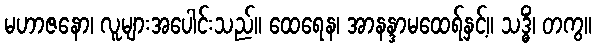
မဟာဇနော၊ လူများအပေါင်းသည်။ ထေရေန၊ အာနန္ဒာမထေရ်နှင့်။ သဒ္ဓိံ၊ တကွ။